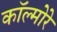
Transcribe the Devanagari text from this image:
कॉल्मोरे